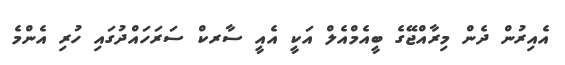
އެއިރުން ދެން މިރާއްޖޭގެ ބީއެމްއެލް އަކީ އެއީ ސާރކް ސަރަހައްދުގައި ހުރި އެންމެ